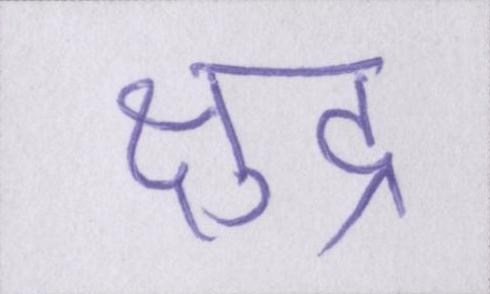
क्षुद्र